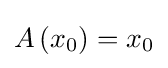
A\left(x_{0}\right)=x_{0}